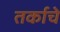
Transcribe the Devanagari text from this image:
तर्काचे